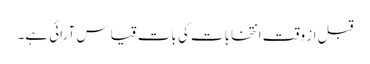
قبل از وقت انتخابات کی بات قیاس آرائی ہے۔